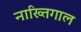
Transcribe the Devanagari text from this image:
नाख्तिगाल